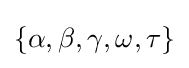
\{\alpha ,\beta ,\gamma ,\omega ,\tau \}